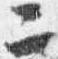
二